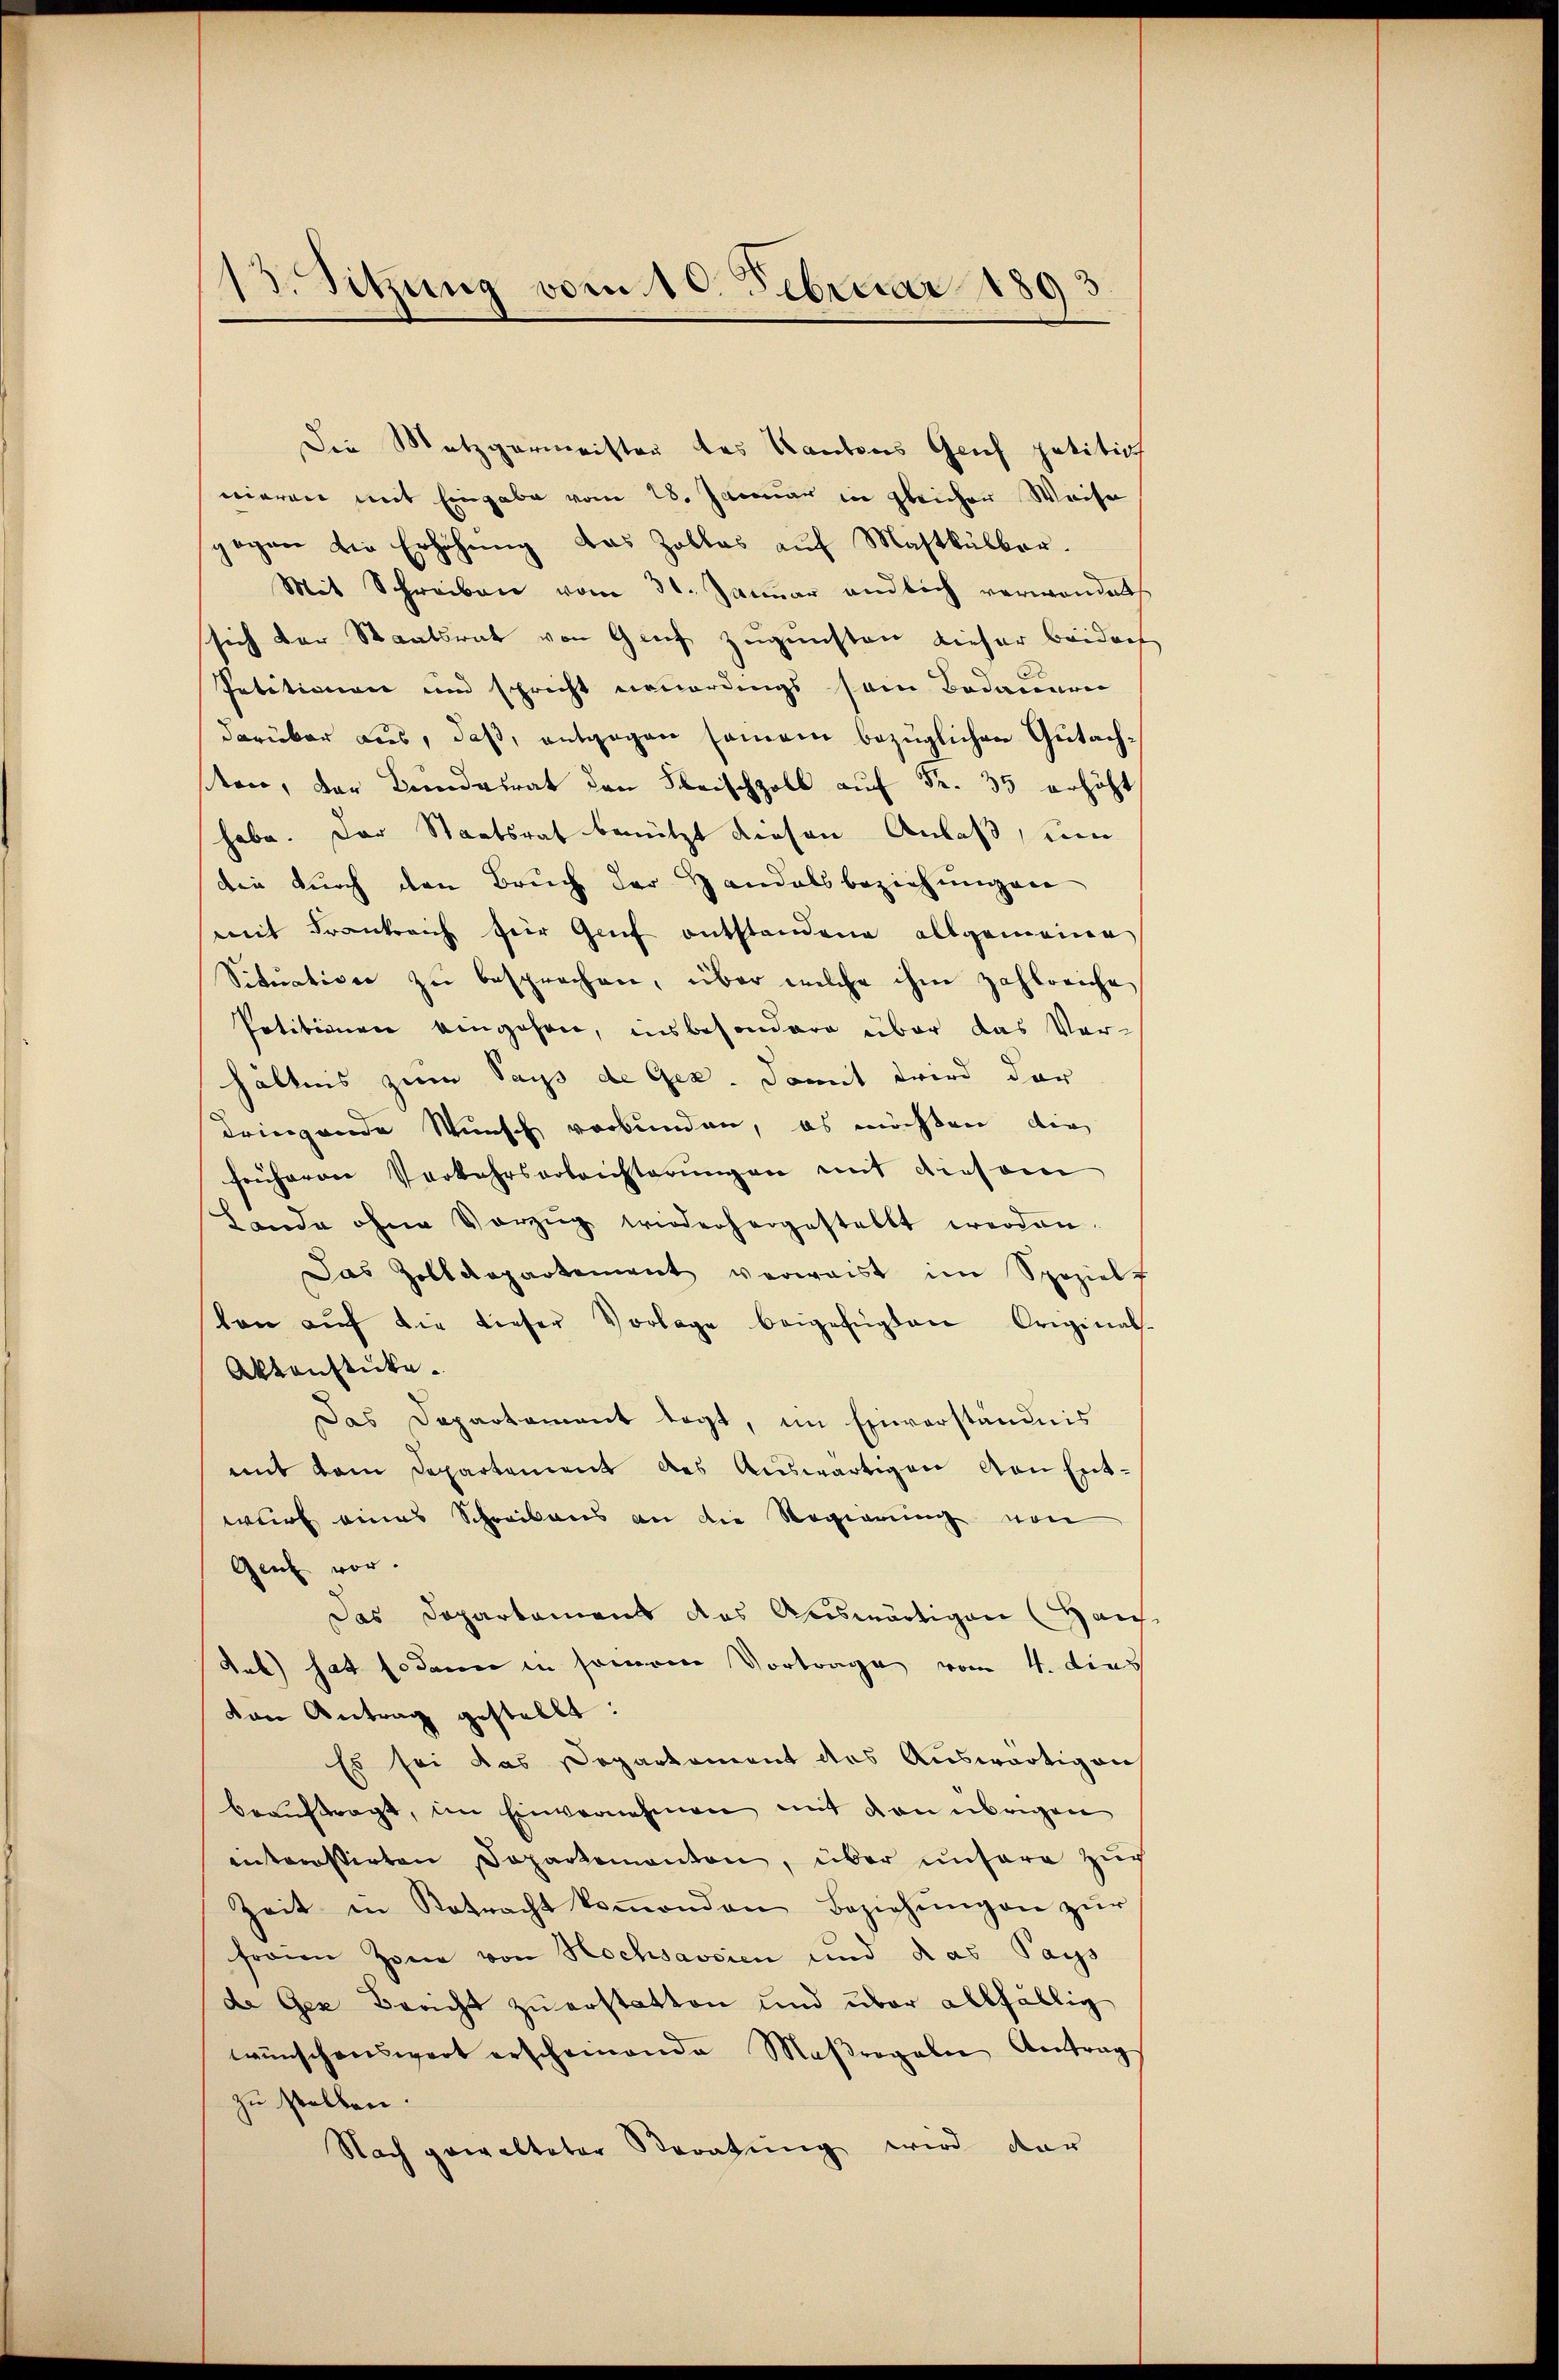
.Sitzung vom 10. Februar 1893.

Die Metzgermeister des Kantons Grif petitiat
nieren mit Eingabe vom 28. Januar in gleicher Weise
gegen die Erhöhung das Zolles aŭf Mastkälber.
Mit Schreiben vom 31. Janŭar endlich verwandet
sich der Staatsrat von Grief zugunsten dieser beidech
Petitionen und spricht neuerungs sein Bedauern
darüber aus, daß, entgegen seinem bezüglichen Gutachten, der Bundesrat den Fleischzoll auf Fr. 35 erhöht
habe. Der Staatsrat benützt diesen Anlaß, um
die durch den Bruch der Handalsbeziehungen
mit Frankreich für Genf entstandene allgemeine
Situation zu besprochen, über welche ihm zahlreiche
Petitionen eingehen, insbesondere über das Vorhältnis zum Pays de Ger. Damit wird der
dringende Wunsch verbunden, es möchten, die
früheren Verkehrsarteichterŭngen mit diesem
Lande ohne Vorzŭg wiederhergestellt werden.
Das Zolldepartement verwaist im Speziel
len aŭf die dieser Vorlage beigefügten Original-
Aktenstücke.
Das Departament legt, im Einverständnis
mit vom Departement des Auswärtigen von Entwurf eines Schreibens an die Regierung von
Gent vor.
Das Departament des Auswärtigen (Haus
Sub) hat sodann in sommene Vortrage vom 4. dies
von Antrag gestellt:
Es sei das Departement des Auswärtigen
beauftragt, im Einvernehmen mit den übrigen
interstirten Departementon, über unsere zur
Zeit in Betracht koṁenden Beziehŭngen zŭr
freien Zone von Hochsavsien und das Pays
de Gex, Bericht zu erstatten und über allfällig
wünschenswert erscheinende Maßregeln Antrag
zu stellen.
Nach gewalteter Storatung wird dar